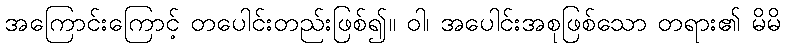
အကြောင်းကြောင့် တပေါင်းတည်းဖြစ်၍။ ဝါ၊ အပေါင်းအစုဖြစ်သော တရား၏ မိမိ